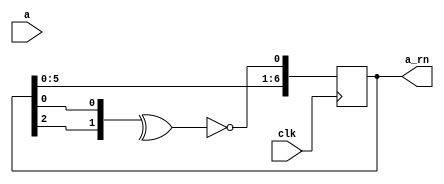
`timescale 1ns / 1ps
//////////////////////////////////////////////////////////////////////////////////
// Company: 
// Engineer: 
// 
// Create Date:    
// Design Name: 
// Module Name:    LFSR_2 
// Project Name: 
// Target Devices: 
// Tool versions: 
// Description: 
//
// Dependencies: 
//
// Revision: 
// Revision 0.01 - File Created
// Additional Comments: 
//
//////////////////////////////////////////////////////////////////////////////////
module LFSR_2
(
	input clk,
	//input rst,
	input [6:0] a,
	output reg [6:0] a_rn = 7'd0
);

always @(posedge clk) begin
	/*if (!rst) begin
		a_rn <= a;
	end
	else begin */
	begin
		a_rn[6:1] <= a_rn[5:0];
		a_rn[0] <= ~(^{a_rn[2],a_rn[0]});
	end
end

endmodule